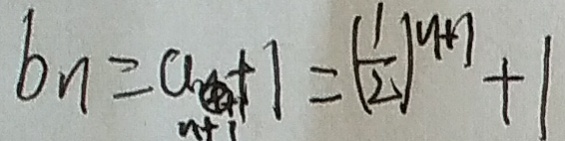
b _ { n } = a _ { n + 1 } + 1 = ( \frac { 1 } { 2 } ) ^ { n + 1 } + 1